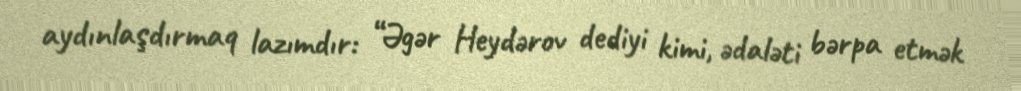
aydınlaşdırmaq lazımdır: “Əgər Heydərov dediyi kimi, ədaləti bərpa etmək